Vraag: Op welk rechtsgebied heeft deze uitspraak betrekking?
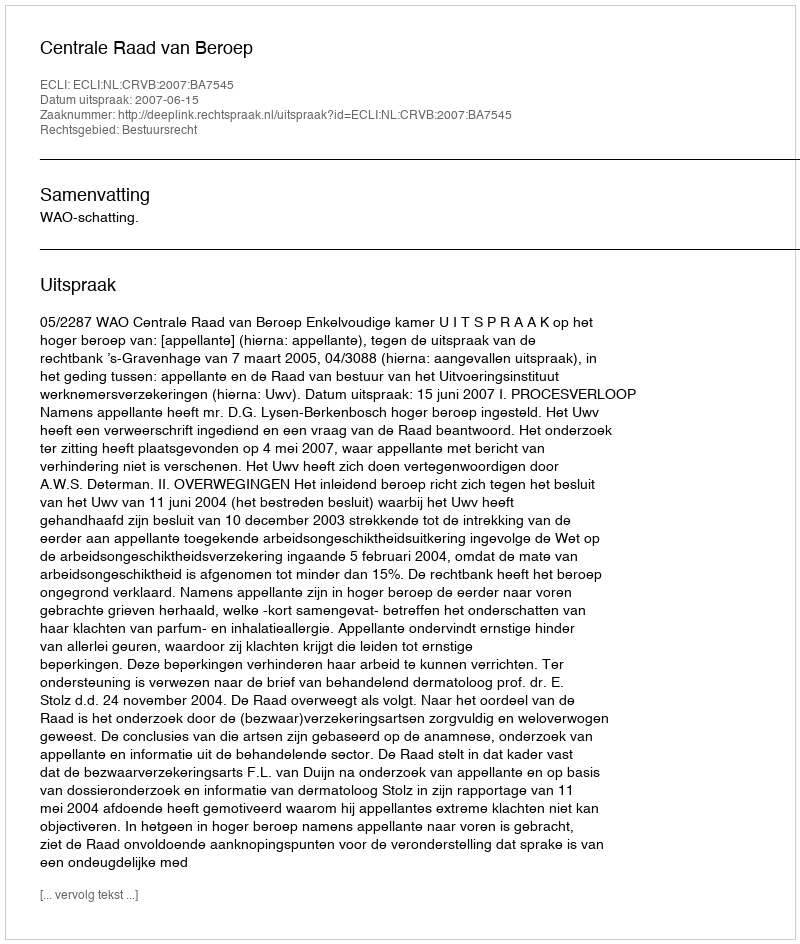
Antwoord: Bestuursrecht